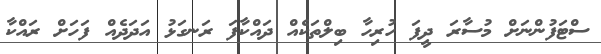
ސްޓަފުންނަށް މުސާރަ ދީފަ ހުރިހާ ބިލްތަކެއް ދައްކާފަ ރަނގަޅު އަދަދެއް ފަހަށް ރައްކާ